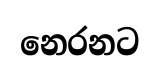
නෙරනට